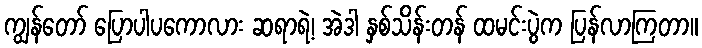
ကျွန်တော် ပြောပါပကောလား ဆရာရဲ့၊ အဲဒါ နှစ်သိန်းတန် ထမင်းပွဲက ပြန်လာကြတာ။